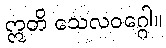
ဣတိ သေလဝဂ္ဂေါ။